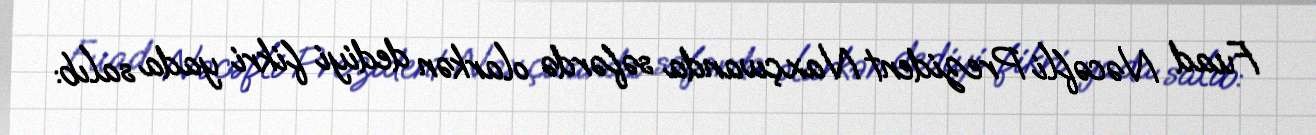
Fuad Nəcəfli Prezident Naxçıvanda səfərdə olarkən dediyi fikri yada salıb: